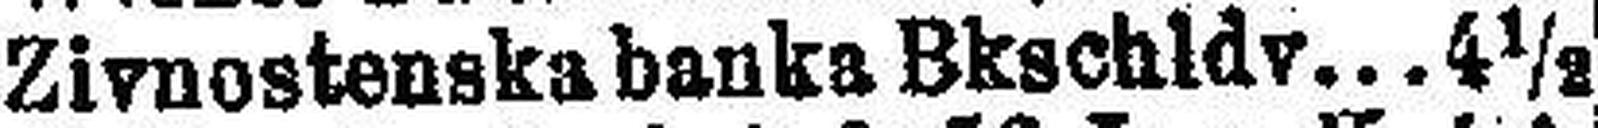
Zivnostensks banks Bkschldv. 4½